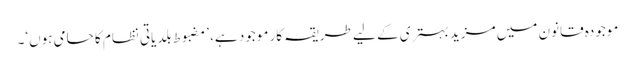
موجودہ قانون میں مزید بہتری کے لیے طریقہ کار موجود ہے، ’مضبوط بلدیاتی نظام کا حامی ہوں‘۔